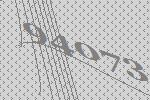
94073